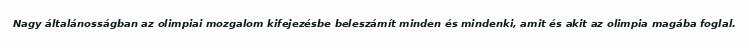
Nagy általánosságban az olimpiai mozgalom kifejezésbe beleszámít minden és mindenki, amit és akit az olimpia magába foglal.